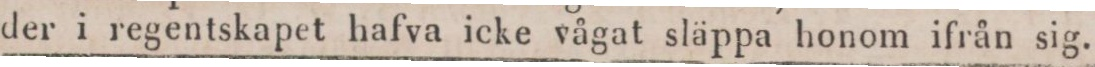
der i regentskapet hafva icke vågat släppa honom ifrån sig.